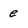
Character: e